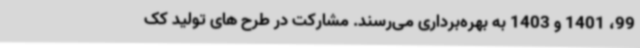
99، 1401 و 1403 به بهره‌برداری می‌رسند. مشارکت در طرح های تولید کک